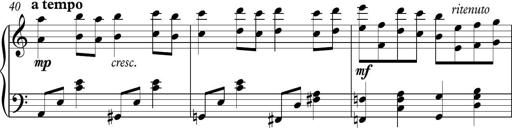
Title: Piano Sonatina in C
Composer: Daniel LÃ©o Simpson
Key: C major